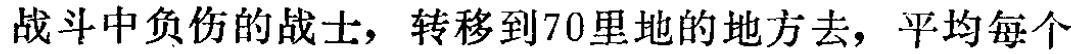
战斗中负伤的战士，转移到70里地的地方去，平均每个